画像に写った文字を読んでください
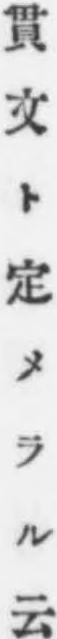
「貫文ト定メラル云」と書いてあります